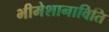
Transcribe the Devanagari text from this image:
भीमेशानाविति